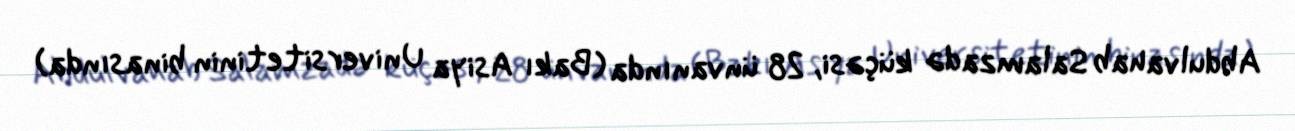
Abdulvahab Salamzadə küçəsi, 28 ünvanında (Bakı Asiya Universitetinin binasında)